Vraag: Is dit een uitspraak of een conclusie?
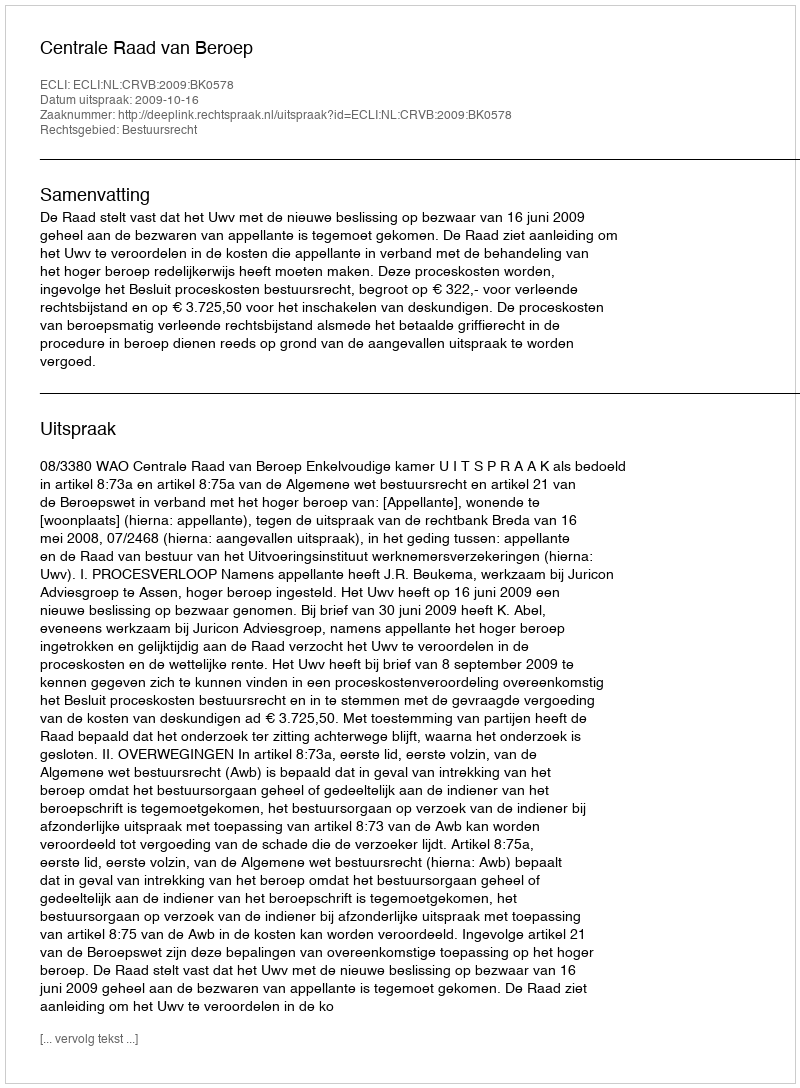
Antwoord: Uitspraak